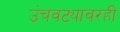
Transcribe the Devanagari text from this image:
उंचवट्यावरही